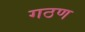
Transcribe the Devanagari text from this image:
गठण